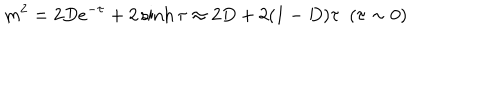
m ^ { 2 } = 2 D e ^ { - \tau } + 2 \sinh \tau \approx 2 D + 2 ( 1 - D ) \tau ~ ~ ( \tau \sim 0 )